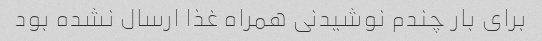
برای بار چندم نوشیدنی همراه غذا ارسال نشده بود